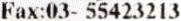
FAX:03- 55423213